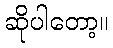
ဆိုပါတော့။